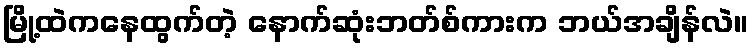
မြို့ထဲကနေထွက်တဲ့ နောက်ဆုံးဘတ်စ်ကားက ဘယ်အချိန်လဲ။